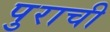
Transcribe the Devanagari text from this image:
पुराची